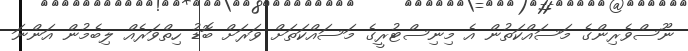
ނޫސްވެރިންގެ މަސައްކަތުން އެ މިނިސްޓުރީގެ މަސައްކަތަށް ވަރަށް ބޮޑު ހިތްވަރެއް ލިބެމުން އަންނަ